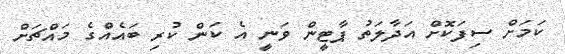
ކަމަށް ސިފަކޮށް އަދާލަތު ޕާޓީން ވަނީ އެ ކަން ކުރި ބައެއްގެ މައްޗަށް